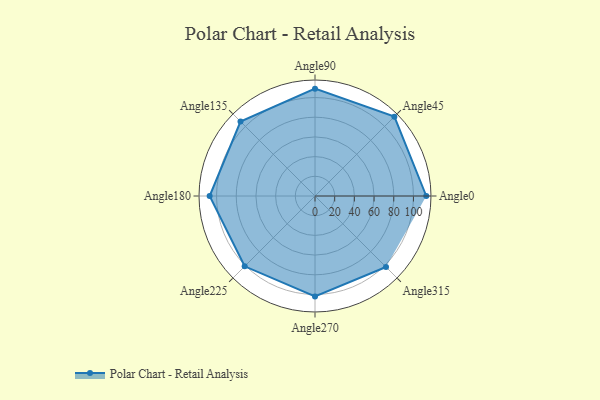
{"axis": {"x": "Angle", "y": "Radius"}, "legend": [""], "data": [{"x": "Angle0", "y": 113.0, "type": ""}, {"x": "Angle45", "y": 114.0, "type": ""}, {"x": "Angle90", "y": 109.0, "type": ""}, {"x": "Angle135", "y": 107.0, "type": ""}, {"x": "Angle180", "y": 107.0, "type": ""}, {"x": "Angle225", "y": 101.0, "type": ""}, {"x": "Angle270", "y": 102.0, "type": ""}, {"x": "Angle315", "y": 102.0, "type": ""}]}